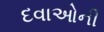
દવાઓની